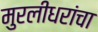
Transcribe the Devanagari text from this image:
मुरलीधरांचा